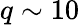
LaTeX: q\sim 10